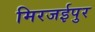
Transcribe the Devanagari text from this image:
मिरजईपुर